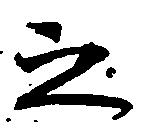
之